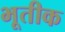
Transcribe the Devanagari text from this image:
भूतीक